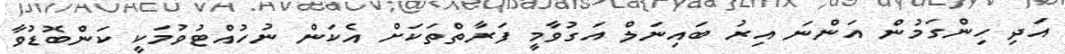
އަދި ހިންގަމުން އަންނަ އިރު ބައިނަލް އަގުވާމީ ފަރާތްތަކަށް އެކަން ނުހުއްޓުވުމަކީ ކަންބޮޑުވާ